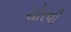
ચોરવી